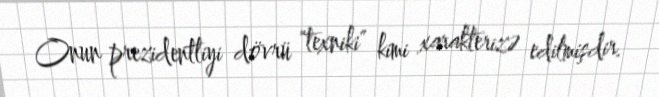
Onun prezidentliyi dövrü "texniki" kimi xarakterizə edilmişdir.